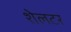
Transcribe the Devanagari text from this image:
शेलटर